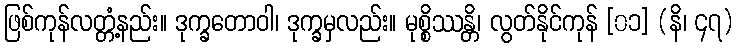
ဖြစ်ကုန်လတ္တံ့နည်း။ ဒုက္ခတောဝါ၊ ဒုက္ခမှလည်း။ မုစ္စိဿန္တိ၊ လွတ်နိုင်ကုန် [၀၁] (နိ၊ ၄၇)